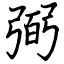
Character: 弼